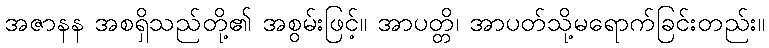
အဇာနန အစရှိသည်တို့၏ အစွမ်းဖြင့်။ အာပတ္တိ၊ အာပတ်သို့မရောက်ခြင်းတည်း။